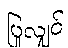
ပြုလျှင်